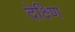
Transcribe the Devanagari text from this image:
देक्ष्णि